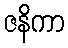
ဇနိကာ